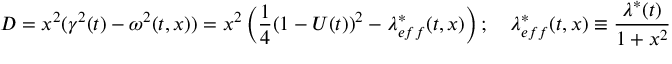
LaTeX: D = x ^ { 2 } ( \gamma ^ { 2 } ( t ) - \omega ^ { 2 } ( t , x ) ) = x ^ { 2 } \left( { \frac { 1 } { 4 } } ( 1 - U ( t ) ) ^ { 2 } - \lambda _ { e f f } ^ { * } ( t , x ) \right) ; \quad \lambda _ { e f f } ^ { * } ( t , x ) \equiv { \frac { \lambda ^ { * } ( t ) } { 1 + x ^ { 2 } } }